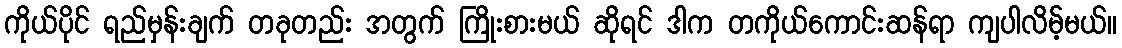
ကိုယ်ပိုင် ရည်မှန်းချက် တခုတည်း အတွက် ကြိုးစားမယ် ဆိုရင် ဒါက တကိုယ်ကောင်းဆန်ရာ ကျပါလိမ့်မယ်။